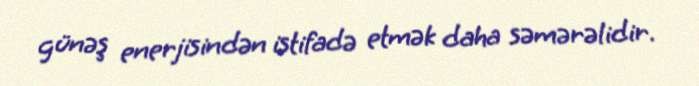
günəş enerjisindən istifadə etmək daha səmərəlidir.